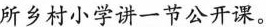
所乡村小学讲一节公开课。